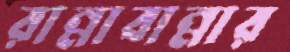
রান্নাবান্নার